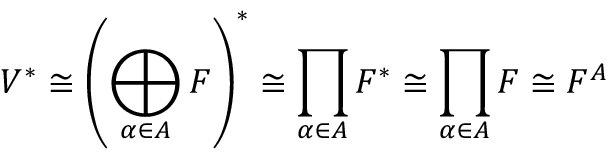
V ^ { * } \cong \left( \bigoplus _ { \alpha \in A } F \right) ^ { * } \cong \prod _ { \alpha \in A } F ^ { * } \cong \prod _ { \alpha \in A } F \cong F ^ { A }